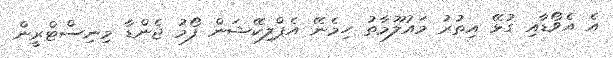
އެ އެވޯޑާއި ގުޅޭ އިތުރު މައުލޫމާތު ހިމެނޭ އެޕްލިކޭޝަން ފޯމު ޖެންޑާ މިނިސްޓްރީން